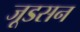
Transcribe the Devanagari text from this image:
जूडसन